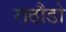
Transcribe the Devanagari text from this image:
राठौडो